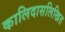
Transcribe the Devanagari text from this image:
कालिदासलिखित